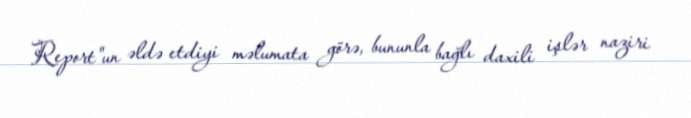
Report"un əldə etdiyi məlumata görə, bununla bağlı daxili işlər naziri